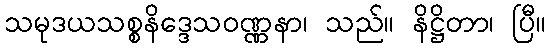
သမုဒယသစ္စနိဒ္ဒေသဝဏ္ဏနာ၊ သည်။ နိဋ္ဌိတာ၊ ပြီ။